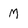
Character: M